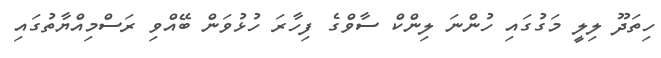
ހިތަދޫ ލިލީ މަގުގައި ހުންނަ ލިންކް ސާވްގެ ފިހާރަ ހުޅުވަން ބޭއްވި ރަސްމިއްޔާތުގައި